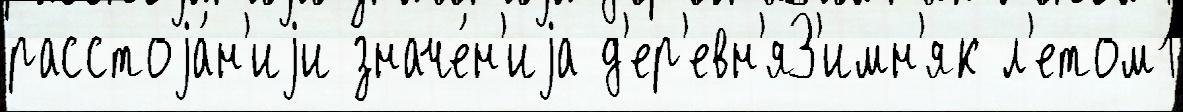
расстоjа́н'иjи значе́н'иjа д'ер'евн'яЗ'имн'як л'етом1